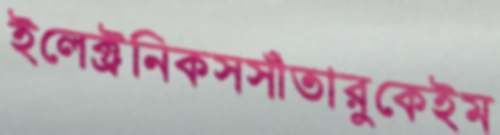
ইলেক্ট্রনিকসসাঁতারুকেইম